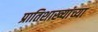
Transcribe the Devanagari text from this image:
प्रातिशाख्यांच्या